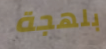
بلهجة